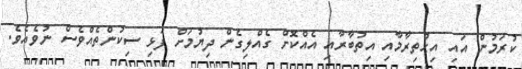
ކުރަމުން އައި އިޙްތިރާމާއި އިތުބާރާއި އެއްކޮށް ގެއްލިގެން ދިޔުމަށް ފަޅި ސިކުންތެއްވެސް ނުވެއެވެ.